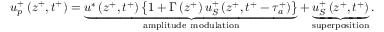
u _ { p } ^ { + } \left( z ^ { + } , t ^ { + } \right) = \underbrace { u ^ { * } \left( z ^ { + } , t ^ { + } \right) \left\{ 1 + \Gamma \left( z ^ { + } \right) u _ { S } ^ { + } \left( z ^ { + } , t ^ { + } - \tau _ { a } ^ { + } \right) \right\} } _ { \mathrm { a m p l i t u d e ~ m o d u l a t i o n } } + \underbrace { u _ { S } ^ { + } \left( z ^ { + } , t ^ { + } \right) } _ { \mathrm { s u p e r p o s i t i o n } } .